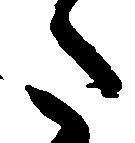
た